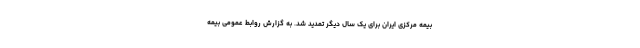
بیمه مرکزی ایران برای یک سال دیگر تمدید شد. به گزارش روابط عمومی بیمه